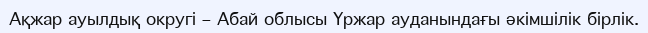
Ақжар ауылдық округі – Абай облысы Үржар ауданындағы әкімшілік бірлік.